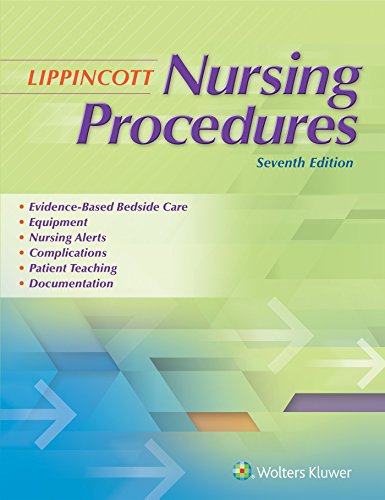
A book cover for Lippincott Nursing Procedures; Lippincott; Medical Books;